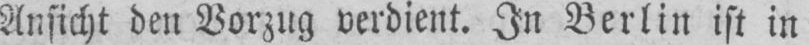
Ansicht den Vorzug verdient. In Berlin ist in